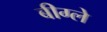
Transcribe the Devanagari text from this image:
बीग्ले